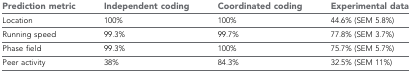
<table><thead><tr><td><b>Prediction metric</b></td><td><b>Independent coding</b></td><td><b>Coordinated coding</b></td><td><b>Experimental data</b></td></tr></thead><tbody><tr><td>Location</td><td>100%</td><td>100%</td><td>44.6% (SEM 5.8%)</td></tr><tr><td>Running speed</td><td>99.3%</td><td>99.7%</td><td>77.8% (SEM 3.7%)</td></tr><tr><td>Phase field</td><td>99.3%</td><td>100%</td><td>75.7% (SEM 5.7%)</td></tr><tr><td>Peer activity</td><td>38%</td><td>84.3%</td><td>32.5% (SEM 11%)</td></tr></tbody></table>